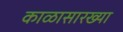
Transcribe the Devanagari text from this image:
काळासारख्या